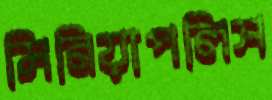
মিনিয়াপলিস